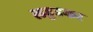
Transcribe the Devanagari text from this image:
लहुडकर